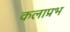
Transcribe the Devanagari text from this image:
कलाप्रभ